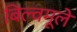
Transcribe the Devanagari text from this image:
बिल्वमूले